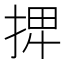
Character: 𢮆